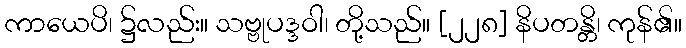
ကာယေပိ၊ ၌လည်း။ သဗ္ဗုပဒ္ဒဝါ၊ တို့သည်။ [၂၂၈] နိပတန္တိ၊ ကုန်၏။